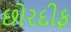
છોરદીફ